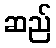
ဆည်